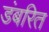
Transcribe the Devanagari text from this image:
डंबरित